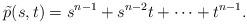
LaTeX: \begin{gather*}\tilde p(s, t)=s^{n-1}+s^{n-2}t+\dots+t^{n-1}.\end{gather*}